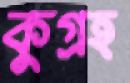
কুগ্রহ